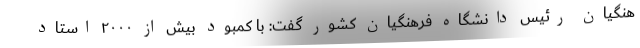
هنگیان رئیس دانشگاه فرهنگیان کشور گفت: با کمبود بیش از ۲۰۰۰ استاد